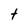
Character: t